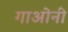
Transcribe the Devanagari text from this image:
गाओनी